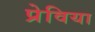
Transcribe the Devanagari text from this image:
प्रेविया